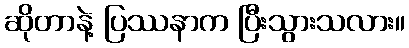
ဆိုတာနဲ့ ပြဿနာက ပြီးသွားသလား။